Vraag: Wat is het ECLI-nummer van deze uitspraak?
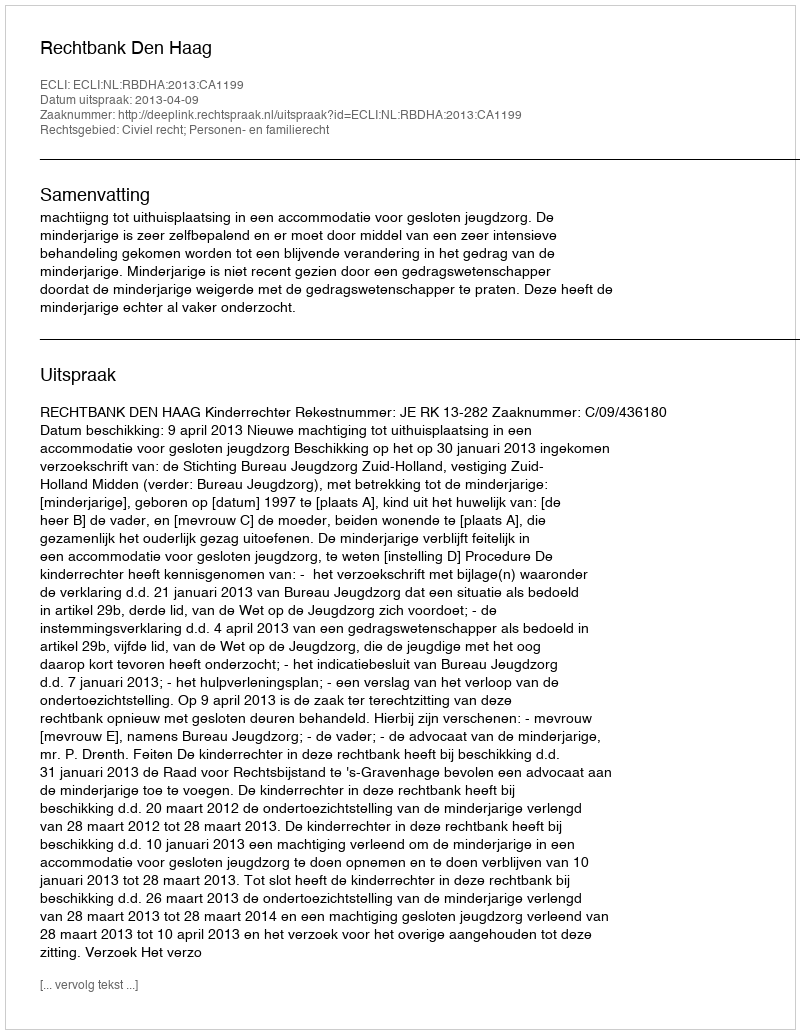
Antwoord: ECLI:NL:RBDHA:2013:CA1199